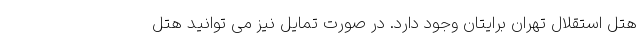
هتل استقلال تهران برایتان وجود دارد. در صورت تمایل نیز می توانید هتل